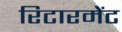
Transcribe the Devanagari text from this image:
रिटारमेंट